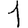
Digit: 1